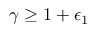
\gamma \geq 1 + \epsilon _ { 1 }